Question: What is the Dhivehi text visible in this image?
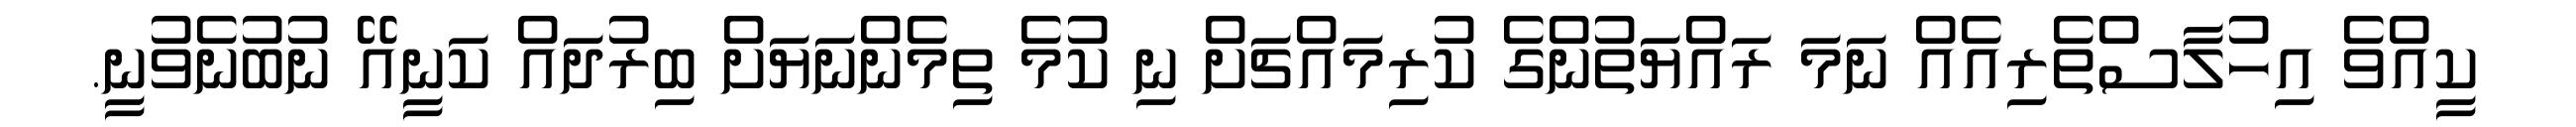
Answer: ކީއްވެ އިހުލާސްތެރިއެއް ނަމަ ރައްޔަތުންގެ ކުރިމައްޗަށް ނި ކުމެ ތިމެންނަޔަށް ބިރުދައް ކަނީއޭ ނުބުނެވުނީ.